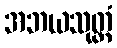
အဘယသုတ္တံ